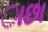
ાછા